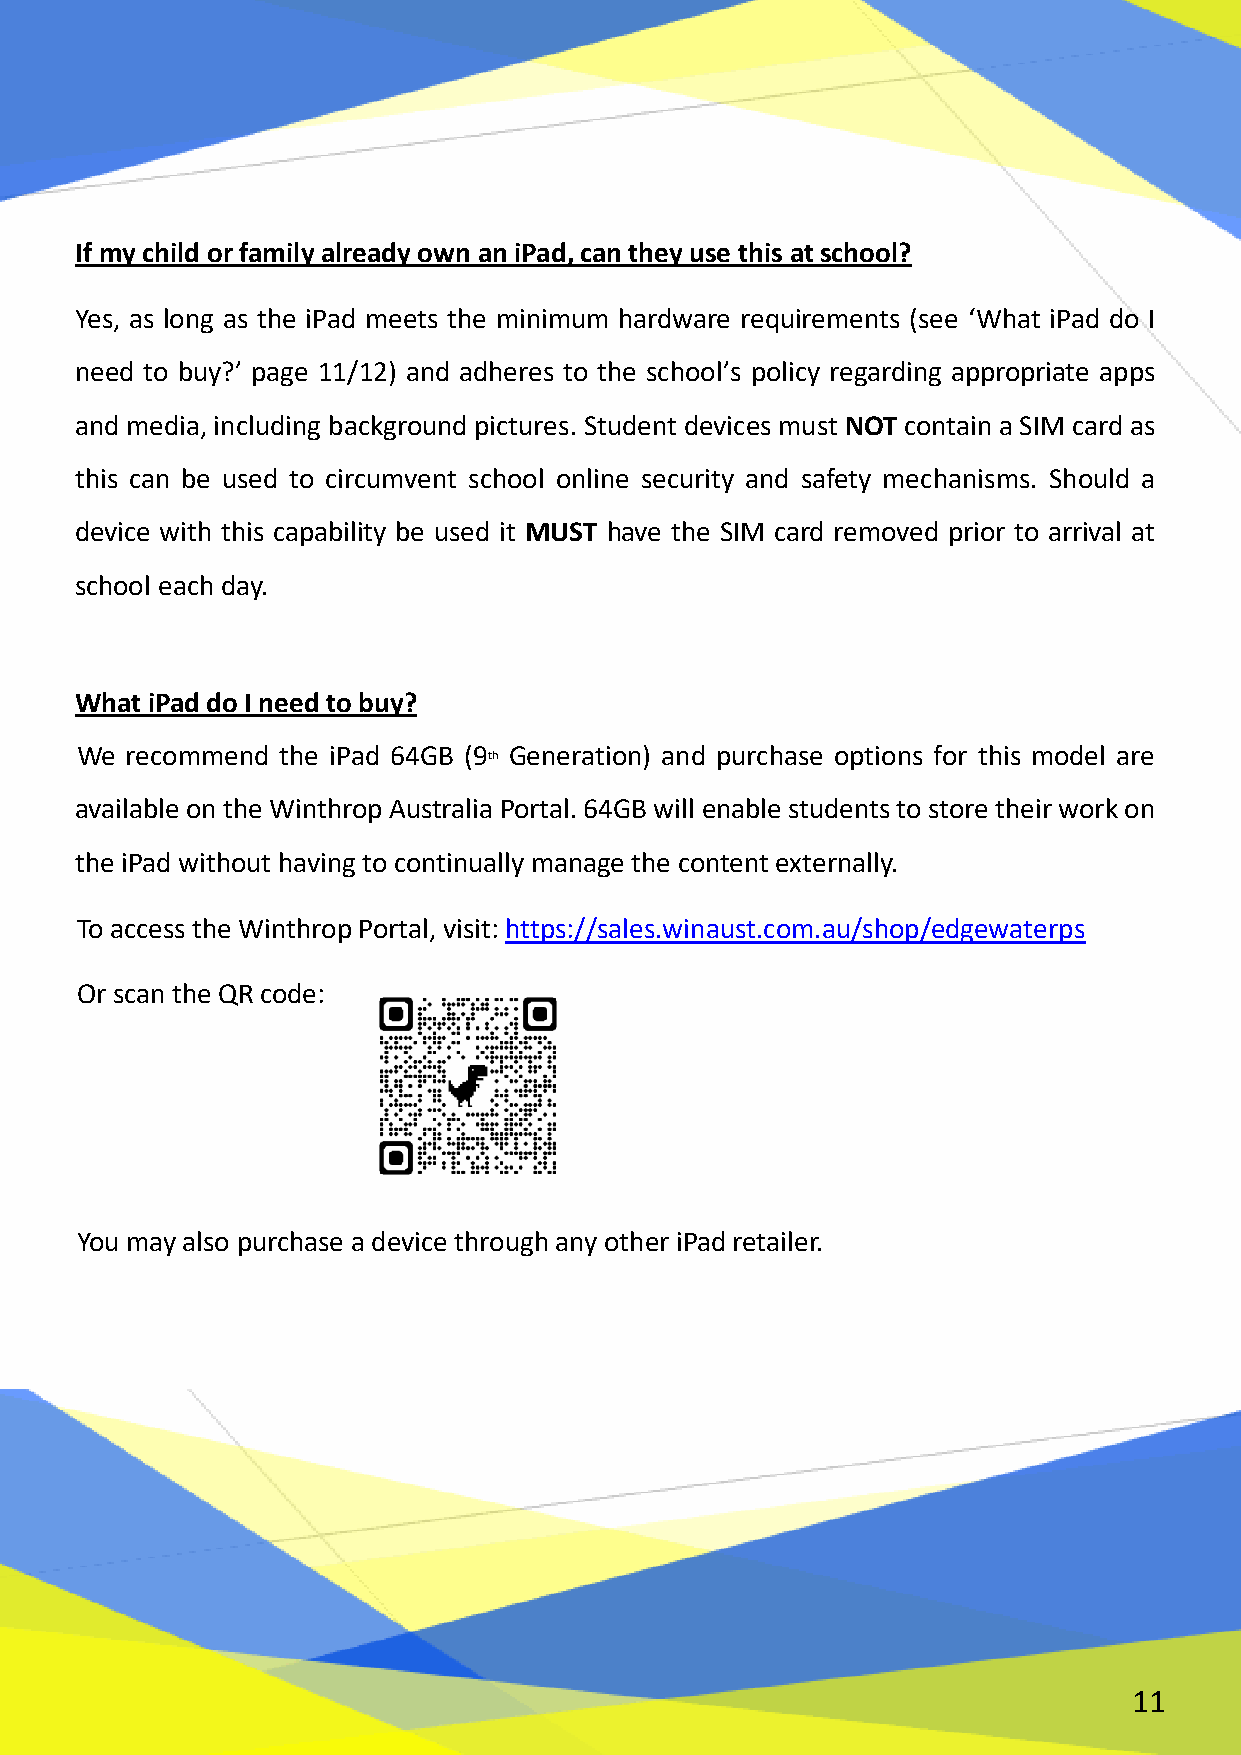
If my child or family already own an iPad, can they use this at school?
 Yes, as long as the iPad meets the minimum hardware requirements (see ‘What iPad do I
 need to buy?’ page 11/12) and adheres to the school’s policy regarding appropriate apps
 and media, including background pictures. Student devices must NOT contain a SIM card as
 this can be used to circumvent school online security and safety mechanisms. Should a
 device with this capability be used it MUST have the SIM card removed prior to arrival at
 school each day.
 What iPad do I need to buy?
 We recommend  the iPad 64GB (9 Generation) and purchase options for this model are
 th
 available on the Winthrop Australia Portal. 64GB will enable students to store their work on
 the iPad without having to continually manage the content externally.
 To access the Winthrop Portal, visit: https://sales.winaust.com.au/shop/edgewaterps
 Or scan the QR code:
 You may also purchase a device through any other iPad retailer.
 11